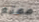
ممتع